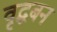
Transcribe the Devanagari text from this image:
वृद्धबन